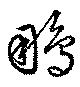
鵬